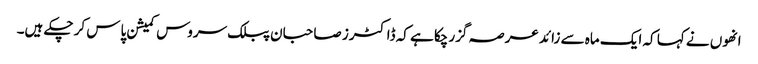
انھوں نے کہا کہ ایک ماہ سے زائد عرصہ گزرچکا ہے کہ ڈاکٹرز صاحبان پبلک سروس کمیشن پاس کر چکے ہیں۔